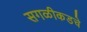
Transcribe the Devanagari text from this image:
सगळीकडचे